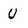
Character: U